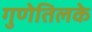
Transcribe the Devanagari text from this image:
गुणेतिलके